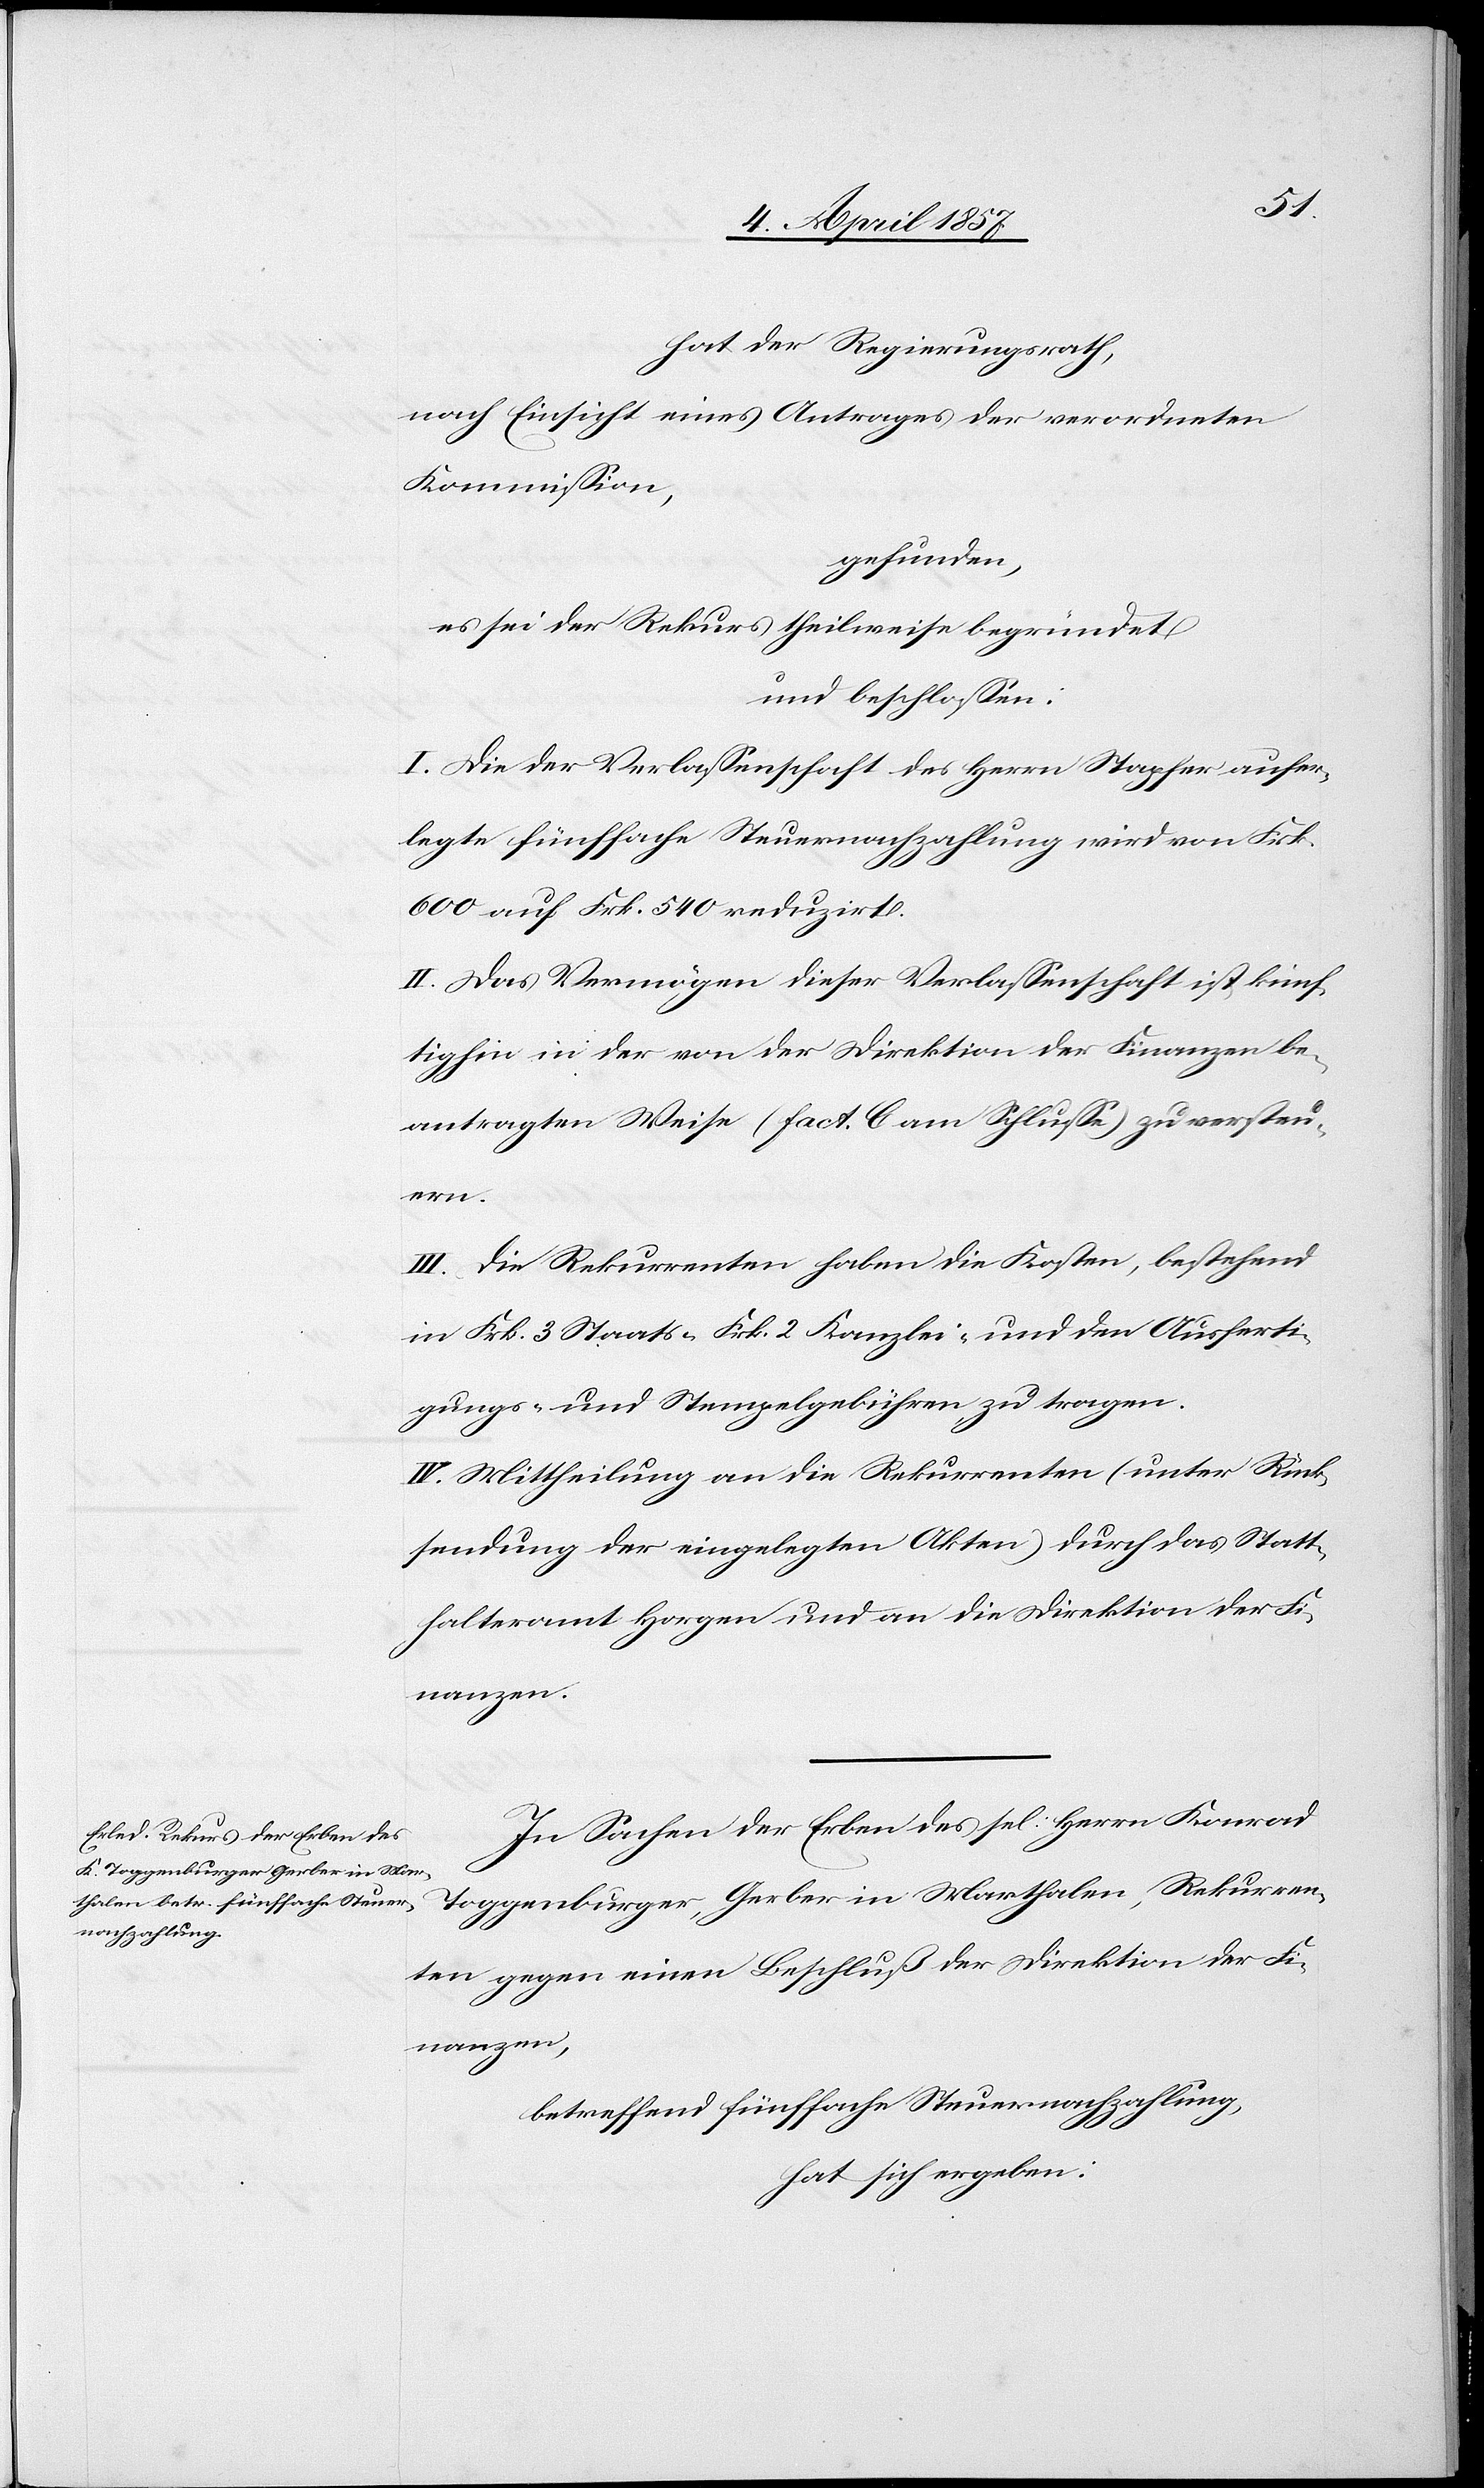
hat der Regierungsrath,
nach Einsicht eines Antrages der verordneten
Kommission,
gefunden,
es sei der Rekurs theilweise begründet
und beschlossen:
I. Die der Verlassenschaft des Herrn Stapfer aufer¬
legte fünffache Steuernachzahlung wird von Frk.
600 auf Frk. 540 reduzirt.
II. Das Vermögen dieser Verlassenschaft ist künf¬
tighin in der von der Direktion der Finanzen be¬
antragten Weise (fact. C am Schlusse) zu versteu¬
ern.
III. Die Rekurrenten haben die Kosten, bestehend
in Frk. 3 Staats-[,] Frk. 2 Kanzlei- und den Ausferti¬
gungs- und Stempelgebühren zu tragen.
IV. Mittheilung an die Rekurrenten (unter Rück¬
sendung der eingelegten Akten) durch das Statt¬
halteramt Horgen und an die Direktion der Fi¬
nanzen.
In Sachen der Erben des sel: Herrn Konrad
Toggenburger, Gerber in Marthalen, Rekurren¬
ten gegen einen Beschluß der Direktion der Fi¬
nanzen,
betreffend fünffache Steuernachzahlung,
hat sich ergeben: